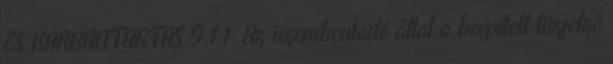
ÉS KARBANTARTÁS 9.1.1. Az üzembentartó által a beépített tûzjelzõ